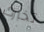
تخبرك